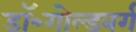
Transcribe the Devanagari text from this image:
डॉ॰गोल्डबर्ग